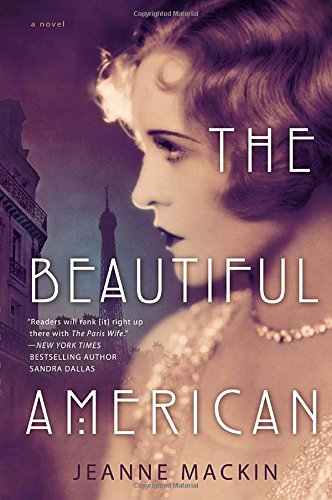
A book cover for The Beautiful American; Jeanne Mackin; Literature & Fiction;